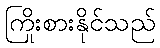
ကြိုးစားနိုင်သည်